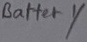
Text: Battery